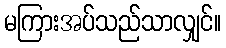
မကြားအပ်သည်သာလျှင်။